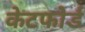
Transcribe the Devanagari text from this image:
केटफोर्ड